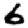
Digit: 6